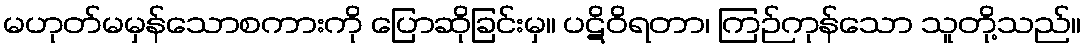
မဟုတ်မမှန်သောစကားကို ပြောဆိုခြင်းမှ။ ပဋိဝိရတာ၊ ကြဉ်ကုန်သော သူတို့သည်။